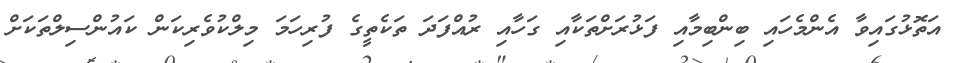
އަތޮޅުގައިވާ އެންމެހައި ބިންބިމާއި ފަޅުރަށްތަކާއި ގަހާއި ރުއްފަދަ ތަކެތީގެ ފުރިހަމަ މިލްކުވެރިކަން ކައުންސިލްތަކަށް